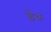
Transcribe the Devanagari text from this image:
छैक